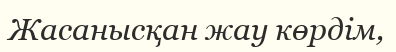
Жасанысқан жау көрдім,